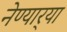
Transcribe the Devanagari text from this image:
नेण्यार्‍या